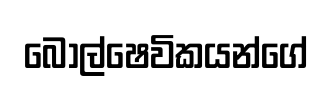
බොල්ෂෙවිකයන්ගේ